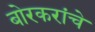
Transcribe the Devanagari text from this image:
बोरकरांचे